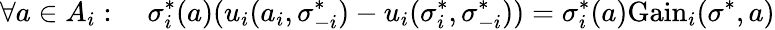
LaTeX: \forall a\in A_{i}:\quad\sigma_{i}^{*}(a)(u_{i}(a_{i},\sigma_{-i}^{*})-u_{i}(\sigma_{i}^{*},\sigma_{-i}^{*}))=\sigma_{i}^{*}(a){\mathrm{Gain}}_{i}(\sigma^{*},a)